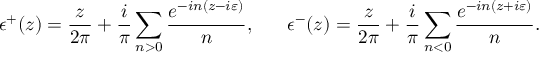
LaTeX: \epsilon ^ { + } ( z ) = \frac { z } { 2 \pi } + \frac { i } { \pi } \sum _ { n > 0 } \frac { e ^ { - i n ( z - i \varepsilon ) } } { n } , ~ ~ ~ ~ ~ \epsilon ^ { - } ( z ) = \frac { z } { 2 \pi } + \frac { i } { \pi } \sum _ { n < 0 } \frac { e ^ { - i n ( z + i \varepsilon ) } } { n } .